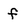
Character: f